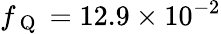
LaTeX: f_{\mathrm{~Q~}}=12.9\times 10^{-2}